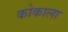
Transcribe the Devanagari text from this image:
कोकाला